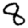
Digit: 8